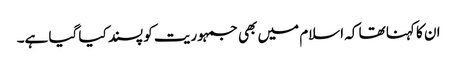
ان کا کہنا تھا کہ اسلام میں بھی جمہوریت کو پسند کیا گیا ہے۔